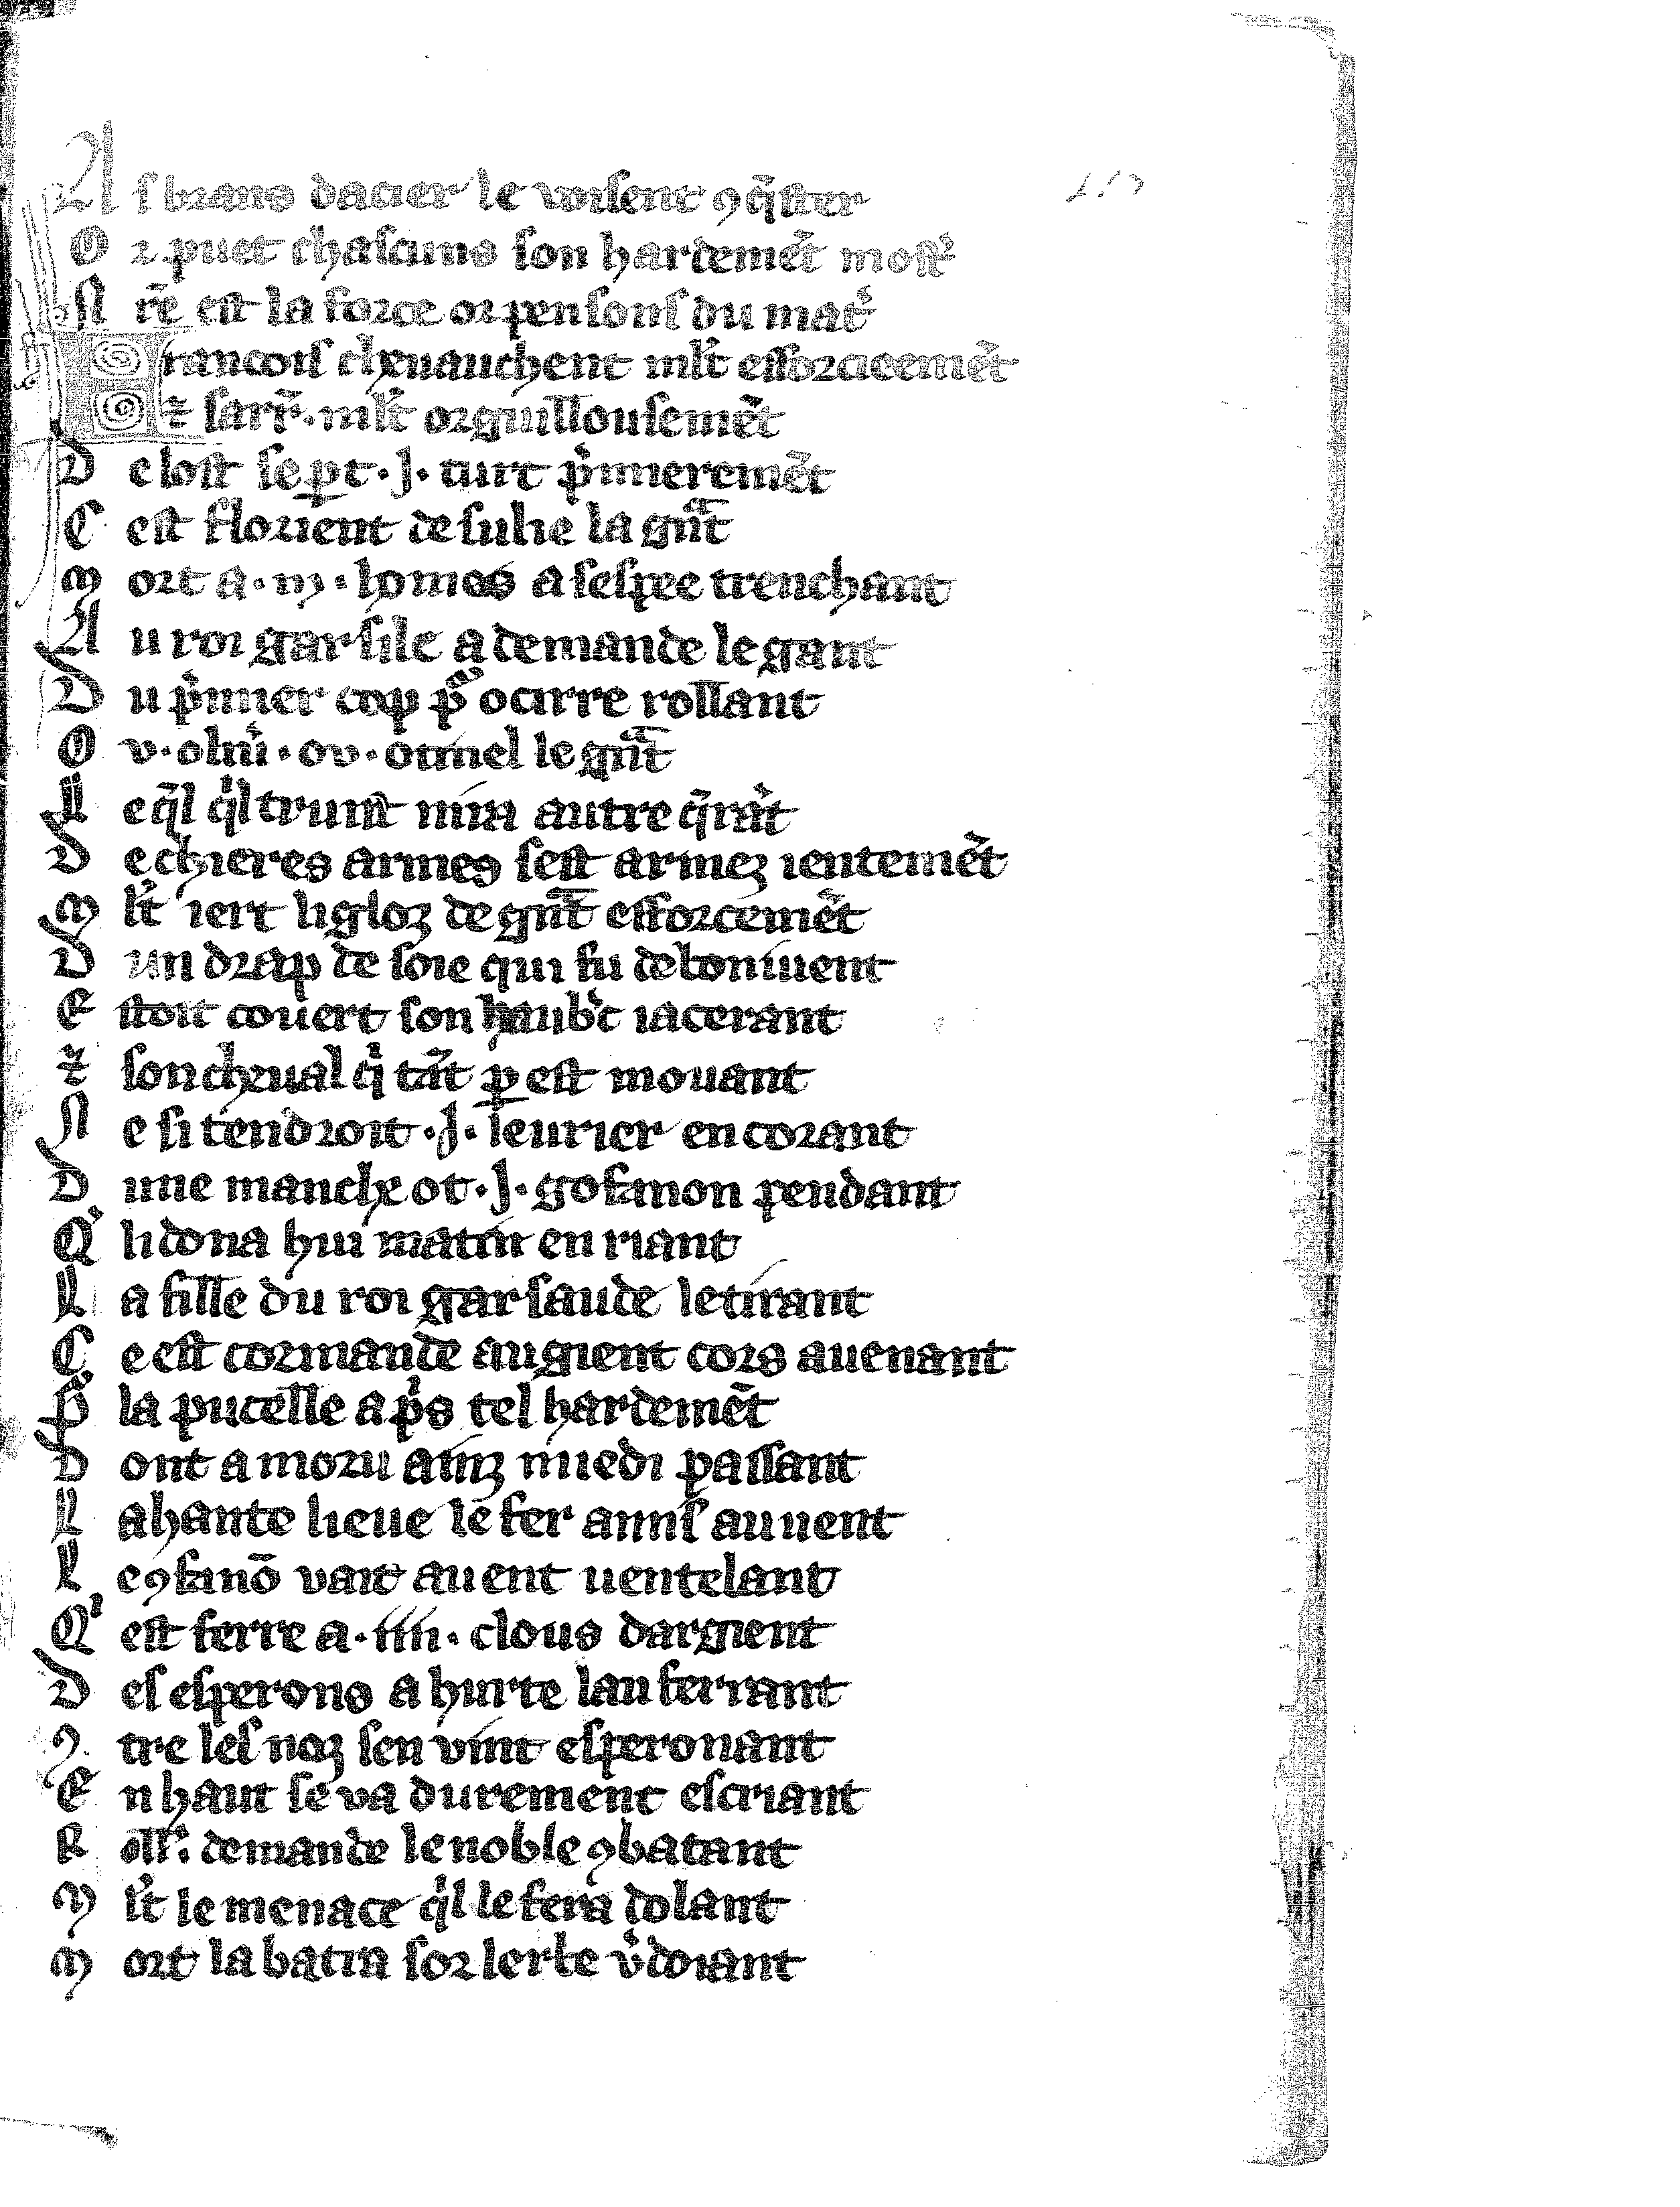
Shelfmark: Vatican, Biblioteca apostolica vaticana, Reg.lat. 1616
Century: 14